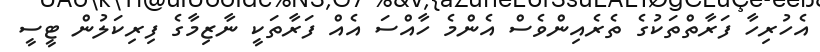
އެހުރިހާ ފަރާތްތަކުގެ ތެރެއިންވެސް އެންމެ ހާއްސަ އެއް ފަރާތަކީ ނާޒިމާގެ ފިރިކަލުން ޓީސީ